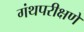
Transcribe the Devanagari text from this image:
गंथपरीक्षणे